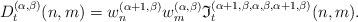
LaTeX: \begin{align*}D_t^{(\alpha,\beta)}(n,m)=w_{n}^{(\alpha+1,\beta)}w_m^{(\alpha,\beta)}\mathfrak{I}_t^{(\alpha+1,\beta,\alpha,\beta,\alpha+1,\beta)}(n,m).\end{align*}